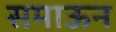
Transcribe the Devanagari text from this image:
समाऊन